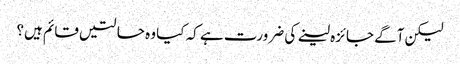
لیکن آگے جائزہ لینے کی ضرورت ہے کہ کیا وہ حالتیں قائم ہیں؟